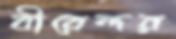
বীরেন্দর